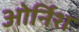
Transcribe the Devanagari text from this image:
ओर्निश